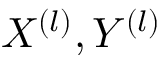
X ^ { ( l ) } , Y ^ { ( l ) }